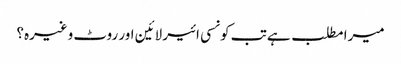
میرا مطلب ہے تب کونسی ائیر لائین اور روٹ وغیرہ؟